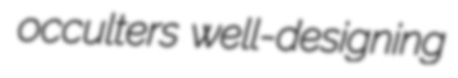
occulters well-designing